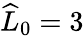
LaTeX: \widehat{L}_{0}=3